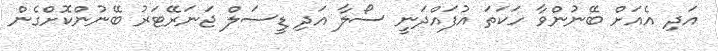
އަދި އެއަށް ބޭނުންވާ ހަކަތަ އުފައްދަނީ ސޯލާ އަދި ޑީސަލް ޖަނަރޭޓަރު ބޭނުންކޮށްގެން